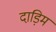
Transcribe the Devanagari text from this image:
दाड़िम